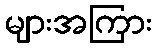
များအကြား